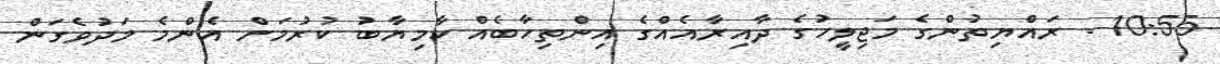
10:55 - ރައްޔިތުންގެ މަޖިލީހުގެ ދާއިރާއެއްގެ އިންތިހާބެއް ކާމިޔާބު ކުރުމަށް އެންމެ މަދުވެގަން